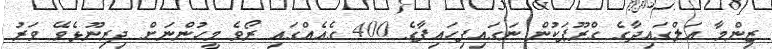
ޒިންމާ އަލްގައިދާގެ ގްރޫޕަކުން ނަގައިފިހައިފާގެ 400 ގެއެއްގައި ރޯވެ މީހުންނަށް ދިރިނޫޅެވޭ ވަރު